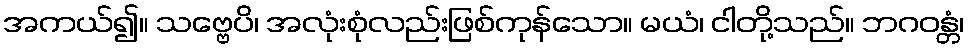
အကယ်၍။ သဗ္ဗေပိ၊ အလုံးစုံလည်းဖြစ်ကုန်သော။ မယံ၊ ငါတို့သည်။ ဘဂဝန္တံ၊